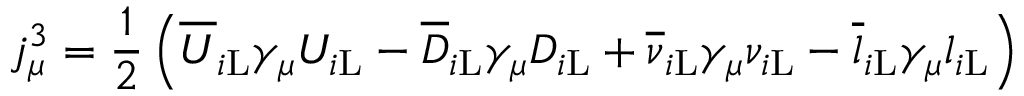
j _ { \mu } ^ { 3 } = { \frac { 1 } { 2 } } \left( { \overline { { U } } } _ { i \mathrm { L } } \gamma _ { \mu } U _ { i \mathrm { L } } - { \overline { { D } } } _ { i \mathrm { L } } \gamma _ { \mu } D _ { i \mathrm { L } } + { \overline { { \nu } } } _ { i \mathrm { L } } \gamma _ { \mu } \nu _ { i \mathrm { L } } - { \overline { { l } } } _ { i \mathrm { L } } \gamma _ { \mu } l _ { i \mathrm { L } } \right)